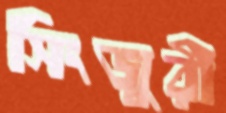
সিংজুরী